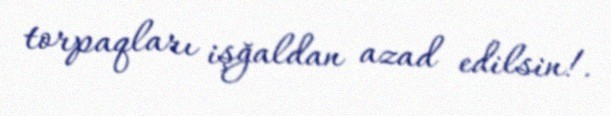
torpaqları işğaldan azad edilsin!.